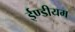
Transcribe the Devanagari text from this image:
ईण्डीयम